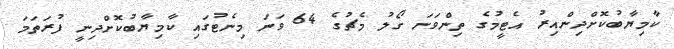
ކާމިޔާބުކޮށްދިންއިރު އެޓީމުގެ ތިންވަނަ ގޯލު މެޗުގެ 64 ވަނަ މިނެޓުގައި ކާމިޔާބުކޮށްދިނީ ފުރަތަމަ